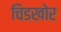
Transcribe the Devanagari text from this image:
चिडखोर